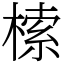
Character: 㮦